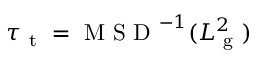
\tau _ { \mathrm { ~ t ~ } } = \mathrm { ~ M ~ S ~ D ~ } ^ { - 1 } ( L _ { \mathrm { ~ g ~ } } ^ { 2 } )